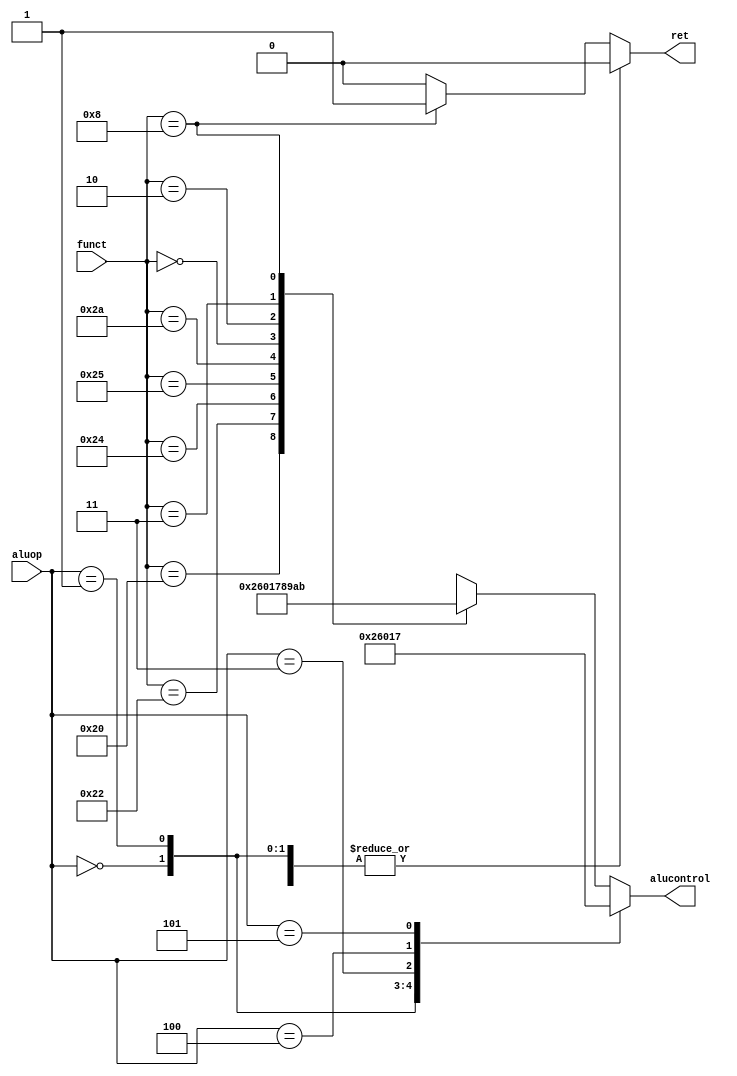
module aludec(input [5:0] funct,
              input [2:0] aluop,
              output reg [3:0] alucontrol,
              output reg ret);
    always @ (*)
        case(aluop)
            3'b000: begin alucontrol <= 4'b0010; ret <= 0; end//add
            3'b001: begin alucontrol <= 4'b0110; ret <= 0; end//sub
            3'b011: begin alucontrol <= 4'b0000; ret <= 0; end//andi
            3'b100: begin alucontrol <= 4'b0001; ret <= 0; end//or
            3'b101: begin alucontrol <= 4'b0111; ret <= 0; end//slt
            default: 
                case(funct)
                    6'b100000: begin alucontrol <= 4'b0010; ret <= 0; end//add
                    6'b100010: begin alucontrol <= 4'b0110; ret <= 0; end//sub
                    6'b100100: begin alucontrol <= 4'b0000; ret <= 0; end//and
                    6'b100101: begin alucontrol <= 4'b0001; ret <= 0; end//or
                    6'b101010: begin alucontrol <= 4'b0111; ret <= 0; end//slt
                    6'b000000: begin alucontrol <= 4'b1000; ret <= 0; end//sll
                    6'b000010: begin alucontrol <= 4'b1001; ret <= 0; end//srl
                    6'b000011: begin alucontrol <= 4'b1010; ret <= 0; end//sll
                    6'b001000: begin alucontrol <= 4'b1011; ret <= 1; end//jr
                    default:   begin alucontrol <= 4'bxxxx; ret <= 0; end
                endcase
        endcase
endmodule